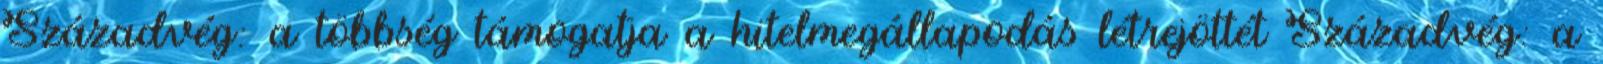
Századvég: a többség támogatja a hitelmegállapodás létrejöttét Századvég: a